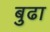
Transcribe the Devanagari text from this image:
बुढा